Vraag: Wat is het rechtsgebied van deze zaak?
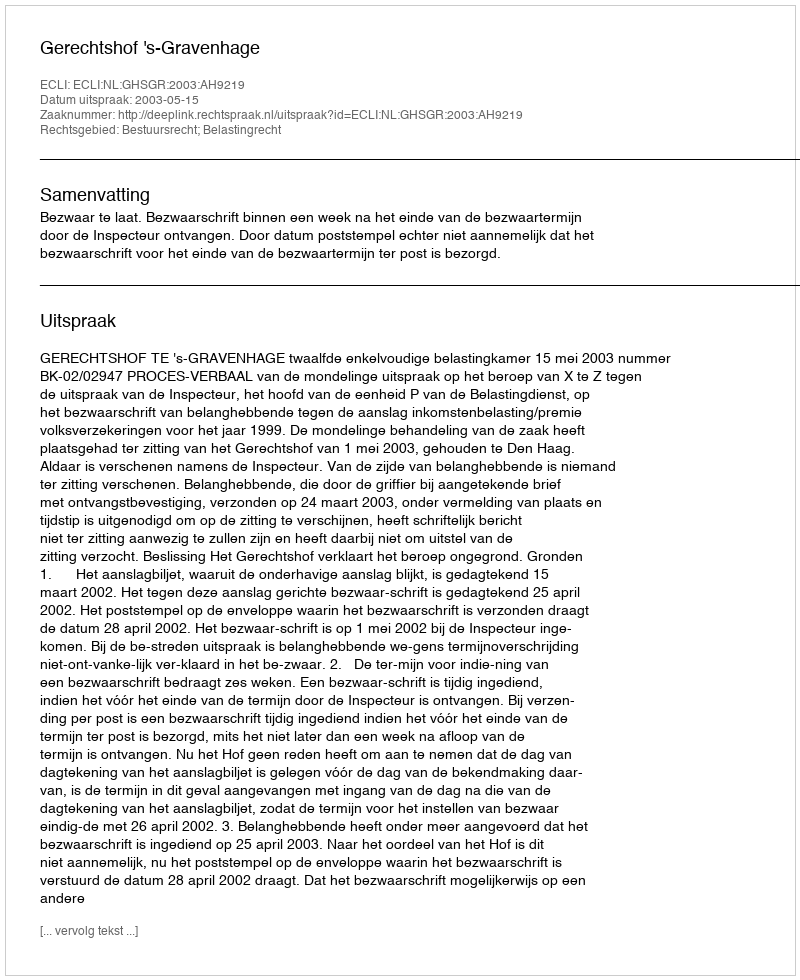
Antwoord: Bestuursrecht; Belastingrecht